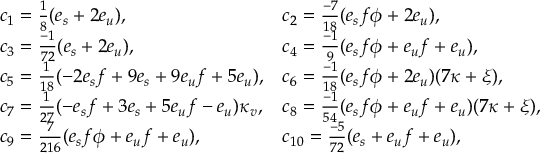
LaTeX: \begin{array} { l l } { { c _ { 1 } = { \frac { 1 } { 8 } } ( e _ { s } + 2 e _ { u } ) , } } & { { c _ { 2 } = { \frac { - 7 } { 1 8 } } ( e _ { s } f \phi + 2 e _ { u } ) , } } \\ { { c _ { 3 } = { \frac { - 1 } { 7 2 } } ( e _ { s } + 2 e _ { u } ) , } } & { { c _ { 4 } = { \frac { - 1 } { 9 } } ( e _ { s } f \phi + e _ { u } f + e _ { u } ) , } } \\ { { c _ { 5 } = { \frac { 1 } { 1 8 } } ( - 2 e _ { s } f + 9 e _ { s } + 9 e _ { u } f + 5 e _ { u } ) , } } & { { c _ { 6 } = { \frac { - 1 } { 1 8 } } ( e _ { s } f \phi + 2 e _ { u } ) ( 7 \kappa + \xi ) , } } \\ { { c _ { 7 } = { \frac { 1 } { 2 7 } } ( - e _ { s } f + 3 e _ { s } + 5 e _ { u } f - e _ { u } ) \kappa _ { v } , } } & { { c _ { 8 } = { \frac { - 1 } { 5 4 } } ( e _ { s } f \phi + e _ { u } f + e _ { u } ) ( 7 \kappa + \xi ) , } } \\ { { c _ { 9 } = { \frac { 7 } { 2 1 6 } } ( e _ { s } f \phi + e _ { u } f + e _ { u } ) , } } & { { c _ { 1 0 } = { \frac { - 5 } { 7 2 } } ( e _ { s } + e _ { u } f + e _ { u } ) , } } \end{array}